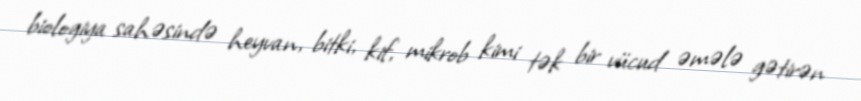
biologiya sahəsində heyvan, bitki, kif, mikrob kimi tək bir vücud əmələ gətirən